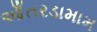
આઁતરડામામ